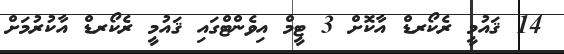
14 ޤައުމީ ރެކޯރޑް އާކޮށް 3 ޓީމް އިވެންޓްގައި ޤައުމީ ރެކޯރޑް އާކުރުމަށް